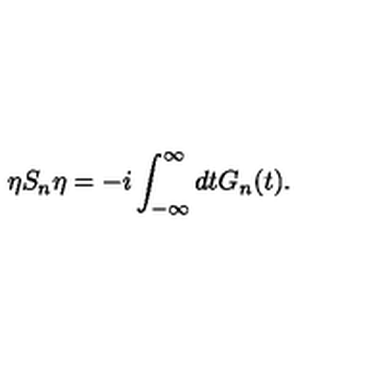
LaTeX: \eta S _ { n } \eta = - i \int _ { - \infty } ^ { \infty } d t G _ { n } ( t ) .